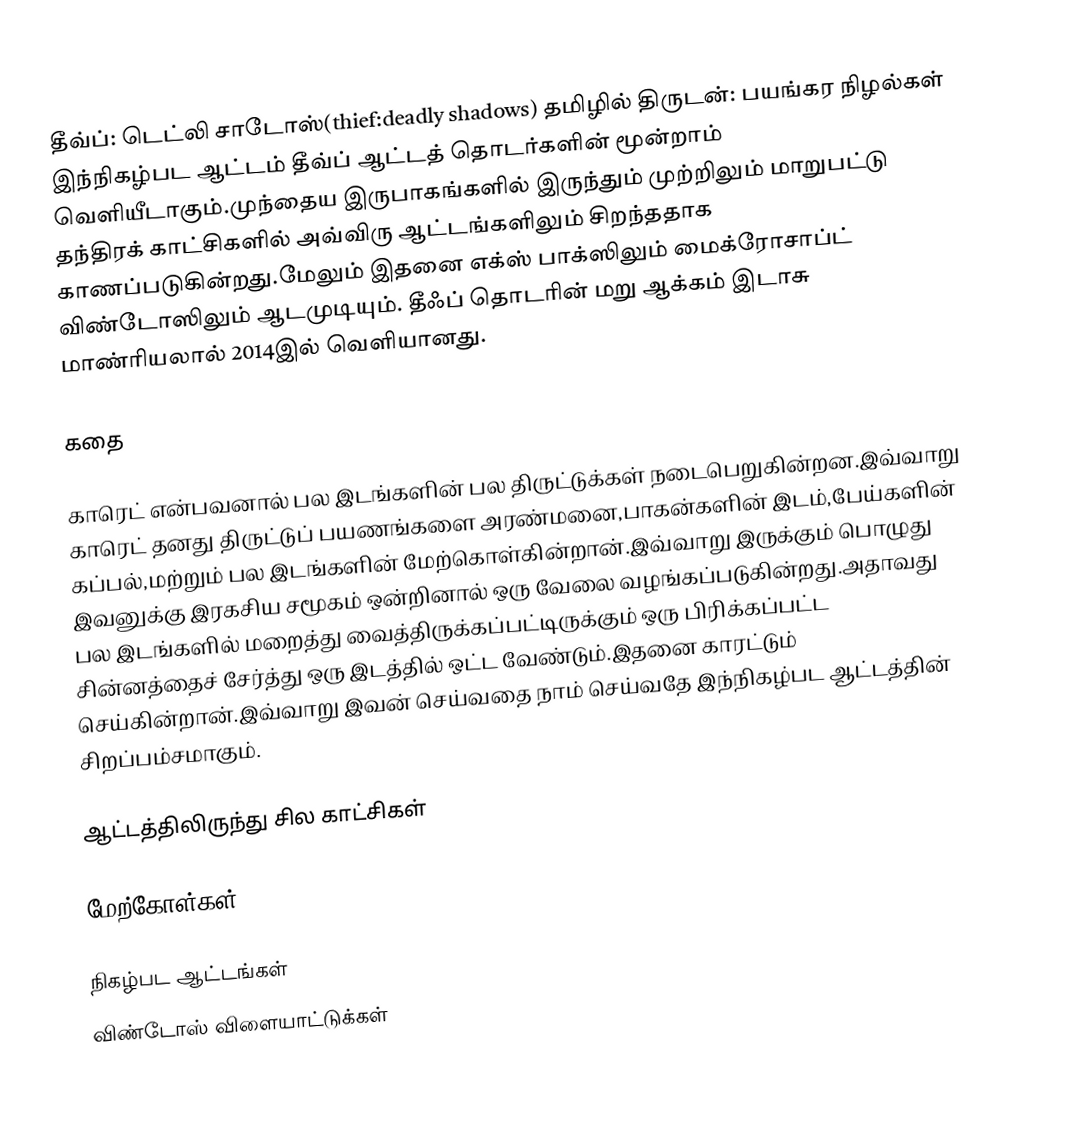
தீவ்ப்: டெட்லி சாடோஸ்(thief:deadly shadows) தமிழில் திருடன்: பயங்கர நிழல்கள் இந்நிகழ்பட ஆட்டம் தீவ்ப் ஆட்டத் தொடர்களின் மூன்றாம் வெளியீடாகும்.முந்தைய இருபாகங்களில் இருந்தும் முற்றிலும் மாறுபட்டு தந்திரக் காட்சிகளில் அவ்விரு ஆட்டங்களிலும் சிறந்ததாக காணப்படுகின்றது.மேலும் இதனை எக்ஸ் பாக்ஸிலும் மைக்ரோசாப்ட் விண்டோஸிலும் ஆடமுடியும். தீஃப் தொடரின் மறு ஆக்கம் இடாசு மாண்ரியலால் 2014இல் வெளியானது.

கதை

காரெட் என்பவனால் பல இடங்களின் பல திருட்டுக்கள் நடைபெறுகின்றன.இவ்வாறு காரெட் தனது திருட்டுப் பயணங்களை அரண்மனை,பாகன்களின் இடம்,பேய்களின் கப்பல்,மற்றும் பல இடங்களின் மேற்கொள்கின்றான்.இவ்வாறு இருக்கும் பொழுது இவனுக்கு இரகசிய சமூகம் ஒன்றினால் ஒரு வேலை வழங்கப்படுகின்றது.அதாவது பல இடங்களில் மறைத்து வைத்திருக்கப்பட்டிருக்கும் ஒரு பிரிக்கப்பட்ட சின்னத்தைச் சேர்த்து ஒரு இடத்தில் ஒட்ட வேண்டும்.இதனை காரட்டும் செய்கின்றான்.இவ்வாறு இவன் செய்வதை நாம் செய்வதே இந்நிகழ்பட ஆட்டத்தின் சிறப்பம்சமாகும்.

ஆட்டத்திலிருந்து சில காட்சிகள்

மேற்கோள்கள்

நிகழ்பட ஆட்டங்கள்
விண்டோஸ் விளையாட்டுக்கள்